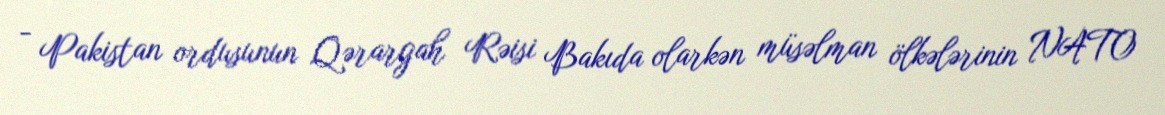
- Pakistan ordusunun Qərargah Rəisi Bakıda olarkən müsəlman ölkələrinin NATO